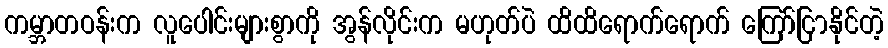
ကမ္ဘာတဝန်းက လူပေါင်းများစွာကို အွန်လိုင်းက မဟုတ်ပဲ ထိထိရောက်ရောက် ကြော်ငြာနိုင်တဲ့